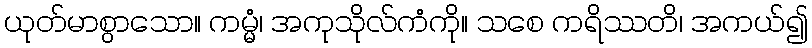
ယုတ်မာစွာသော။ ကမ္မံ၊ အကုသိုလ်ကံကို။ သစေ ကရိဿတိ၊ အကယ်၍